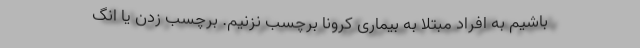
باشیم به افراد مبتلا به بیماری کرونا برچسب نزنیم. برچسب زدن یا انگ